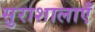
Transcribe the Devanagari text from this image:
सुराशालाएँ